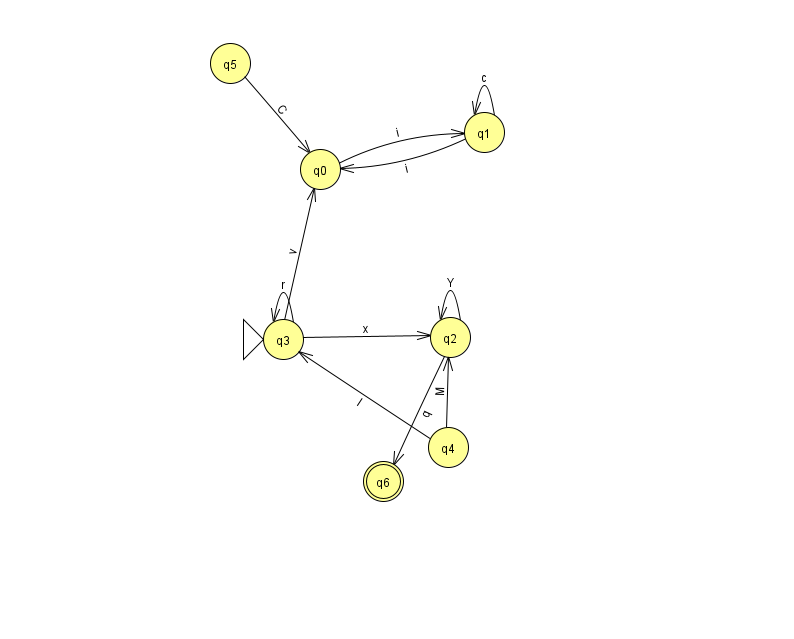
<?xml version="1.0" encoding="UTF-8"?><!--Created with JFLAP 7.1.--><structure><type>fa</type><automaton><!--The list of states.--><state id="0" name="q0"><x>320.0</x><y>156.0</y></state><state id="1" name="q1"><x>484.0</x><y>119.0</y></state><state id="2" name="q2"><x>450.0</x><y>324.0</y></state><state id="3" name="q3"><x>283.0</x><y>326.0</y><initial/></state><state id="4" name="q4"><x>448.0</x><y>434.0</y></state><state id="5" name="q5"><x>230.0</x><y>50.0</y></state><state id="6" name="q6"><x>383.0</x><y>468.0</y><final/></state><!--The list of transitions.--><transition><from>5</from><to>0</to><read>C</read></transition><transition><from>3</from><to>3</to><read>r</read></transition><transition><from>1</from><to>1</to><read>c</read></transition><transition><from>3</from><to>0</to><read>v</read></transition><transition><from>0</from><to>1</to><read>i</read></transition><transition><from>1</from><to>0</to><read>i</read></transition><transition><from>2</from><to>2</to><read>Y</read></transition><transition><from>4</from><to>2</to><read>M</read></transition><transition><from>2</from><to>6</to><read>q</read></transition><transition><from>3</from><to>2</to><read>x</read></transition><transition><from>4</from><to>3</to><read>I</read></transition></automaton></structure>